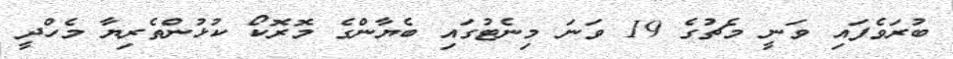
ބުރަވެފައި ވަނީ މެޗުގެ 19 ވަނަ މިނެޓުގައި ބެޔާންގެ މޮރޮކޯ ކުޅުންތެރިޔާ މެހްދީ